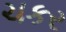
ચકર